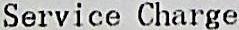
SERVICE CHARGE